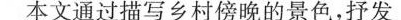
本文通过描写乡村傍晚的景色，抒发